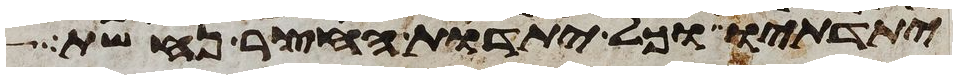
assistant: יתדתיו וכל יתדות החצר נחשת